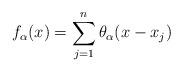
LaTeX: \begin{align*} f_\alpha(x) =\sum_{j=1}^n \theta_{\alpha}(x - x_j)\end{align*}